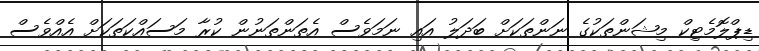
ޑިޕްލޮމެޓިކް މިޝަންތަކުގެ ނަންތަކަށް ބަދަލު އައި ނަމަވެސް އެތަންތަނުން ކުރާ މަސައްކަތަކަށް އެއްވެސް